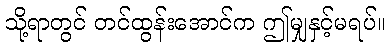
သို့ရာတွင် တင်ထွန်းအောင်က ဤမျှနှင့်မရပ်။